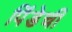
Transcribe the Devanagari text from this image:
पिंडेची